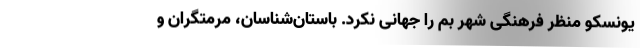
یونسکو منظر فرهنگی شهر بم را جهانی نکرد. باستان‌شناسان، مرمتگران و